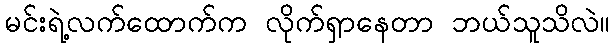
မင်းရဲ့လက်ထောက်က လိုက်ရှာနေတာ ဘယ်သူသိလဲ။